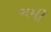
ગમી